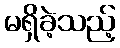
မရှိခဲ့သည့်